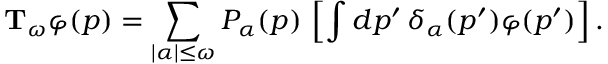
\mathrm { \bf T } _ { \omega } \varphi ( p ) = \sum _ { | \alpha | \le \omega } { \cal P } _ { \alpha } ( p ) \, \left[ \int d p ^ { \prime } \, \delta _ { \alpha } ( p ^ { \prime } ) \varphi ( p ^ { \prime } ) \right] .